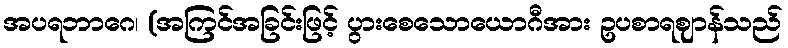
အပရဘာဂေ၊ (အကြင်အခြင်းဖြင့် ပွားစေသောယောဂီအား ဥပစာရဈာန်သည်